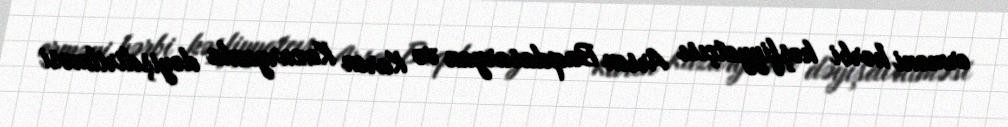
erməni hərbi kəşfiyyatçısı Arsen Baqdasaryan və Karen Kazaryanla dəyişdirilməsi